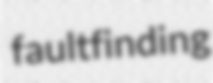
faultfinding